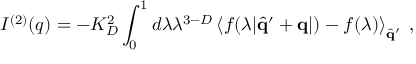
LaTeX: I ^ { ( 2 ) } ( q ) = - K _ { D } ^ { 2 } \int _ { 0 } ^ { 1 } d \lambda \lambda ^ { 3 - D } \left\langle f ( \lambda | \hat { \bf { q } } ^ { \prime } + { \bf { q } } | ) - f ( \lambda ) \right\rangle _ { \hat { \bf { q } } ^ { \prime } } \; ,